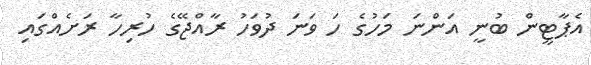
އެޕާޓީން ބުނީ އަންނަ މަހުގެ ހަ ވަނަ ދުވަހު ރާއްޖޭގެ ހުރިހާ ރަށެއްގައި